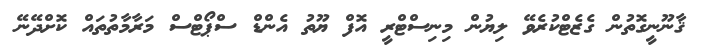
ޤާނޫނީގޮތުން ގެޒެޓްކުރެވޭ ލިޔުން މިނިސްޓްރީ އޮފް ޔޫތު އެންޑް ސްޕޯޓްސް މަރާމާތުތައް ކޮށްދޭނޭ